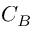
C _ { B }